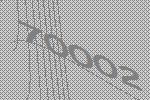
70002